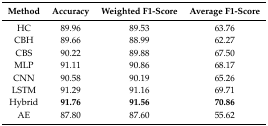
<table><thead><tr><td><b>Method</b></td><td><b>Accuracy</b></td><td><b>Weighted F1-Score</b></td><td><b>Average F1-Score</b></td></tr></thead><tbody><tr><td>HC</td><td>89.96</td><td>89.53</td><td>63.76</td></tr><tr><td>CBH</td><td>89.66</td><td>88.99</td><td>62.27</td></tr><tr><td>CBS</td><td>90.22</td><td>89.88</td><td>67.50</td></tr><tr><td>MLP</td><td>91.11</td><td>90.86</td><td>68.17</td></tr><tr><td>CNN</td><td>90.58</td><td>90.19</td><td>65.26</td></tr><tr><td>LSTM</td><td>91.29</td><td>91.16</td><td>69.71</td></tr><tr><td>Hybrid</td><td><b>91.76</b></td><td><b>91.56</b></td><td><b>70.86</b></td></tr><tr><td>AE</td><td>87.80</td><td>87.60</td><td>55.62</td></tr></tbody></table>